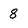
Character: 8